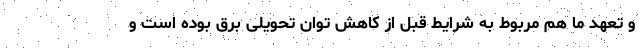
و تعهد ما هم مربوط به شرایط قبل از کاهش توان تحویلی برق بوده است و